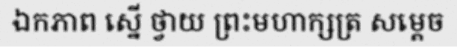
ឯកភាព ស្នើ ថ្វាយ ព្រះមហាក្សត្រ សម្តេច